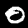
Label: 0